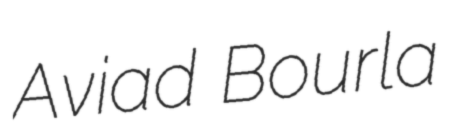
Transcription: Aviad Bourla